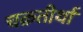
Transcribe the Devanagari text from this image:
चक्रतीर्था